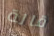
قالة